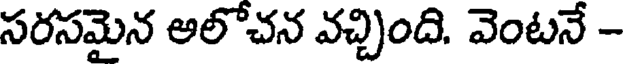
సరసమైన అలోచన వచ్చింది. వెంటనే -